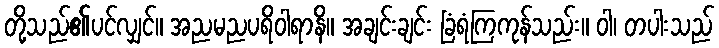
တို့သည်၏ပင်လျှင်။ အညမညပရိဝါရာနိ။ အချင်းချင်း ခြံရံကြကုန်သည်း။ ဝါ၊ တပါးသည်